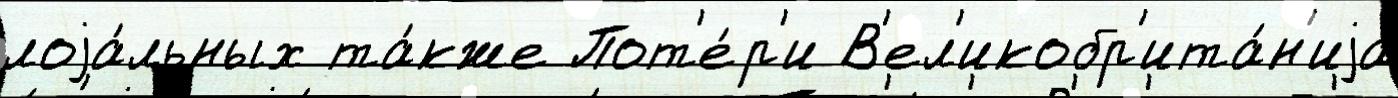
лоjа́льных та́кже Пот'е́р'и В'ел'икобр'ита́н'иjа